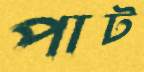
পাট